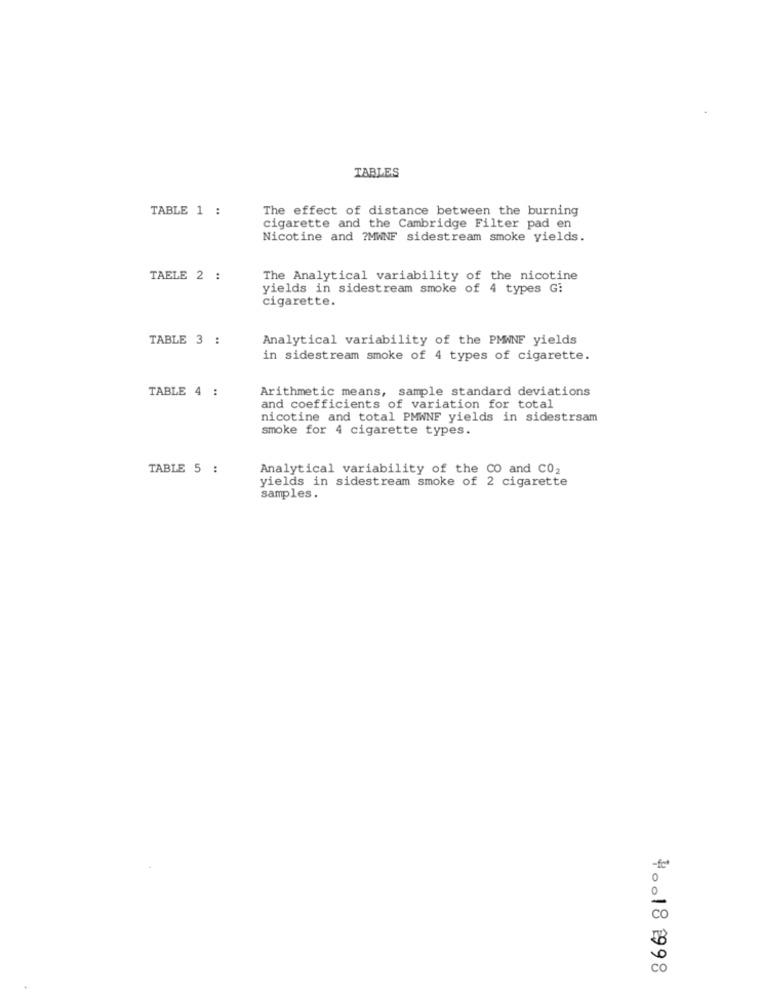
TABLES
TABLE 1 :
The effect of distance between the burning
cigarette and the Cambridge Filter pad en
Nicotine and ?MWNF sidestream smoke yields.
TABLE 2 :
The Analytical variability of the nicotine
yields in sidestream smoke of 4 types Gi
cigarette.
TABLE 3 :
Analytical variability of the PMWNF yields
in sidestream smoke of 4 types of cigarette.
TABLE 4 :
Arithmetic means, sample standard deviations
and coefficients of variation for total
nicotine and total PMWNF yields in sidestrsam
smoke for 4 cigarette types.
TABLE 5 :
Analytical variability of the CO and CO2
yields in sidestream smoke of 2 cigarette
samples.
-fc
0
co
co
#0018 998